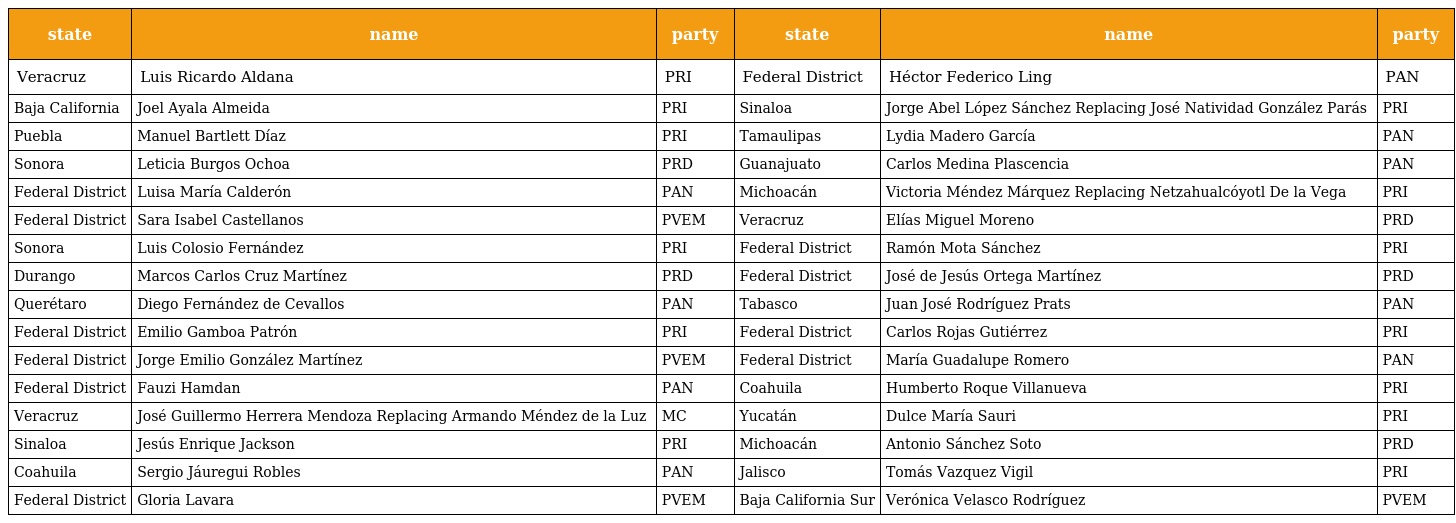
| state | name | party | state | name | party |
 | --- | --- | --- | --- | --- | --- |
 | ­Veracruz | ­ Luis Ricardo Aldana | PRI ­ | Federal District­ | ­ Héctor Federico Ling | ­ PAN |
 | Baja California­ | Joel Ayala Almeida ­ | ­ PRI ­ | Sinaloa­ | Jorge Abel López Sánchez Replacing José Natividad González Parás ­ | ­ PRI |
 | Puebla­ | Manuel Bartlett Díaz ­ | PRI ­­ | Tamaulipas­ | ­ Lydia Madero García | ­ PAN |
 | ­Sonora | Leticia Burgos Ochoa ­ | PRD ­­ | ­Guanajuato | Carlos Medina Plascencia ­ | ­ PAN |
 | ­Federal District | Luisa María Calderón ­ | ­ PAN ­ | Michoacán­ | ­ Victoria Méndez Márquez Replacing Netzahualcóyotl De la Vega | ­ PRI |
 | ­Federal District | ­ Sara Isabel Castellanos | ­ PVEM ­ | ­Veracruz | ­ Elías Miguel Moreno | ­ PRD |
 | ­Sonora | ­ Luis Colosio Fernández | PRI ­­ | Federal District­ | Ramón Mota Sánchez ­ | ­ PRI |
 | ­Durango | ­ Marcos Carlos Cruz Martínez | PRD ­­ | Federal District­ | ­ José de Jesús Ortega Martínez | ­ PRD |
 | ­Querétaro | ­ Diego Fernández de Cevallos | ­ PAN | Tabasco­ | Juan José Rodríguez Prats ­ | ­ PAN |
 | ­Federal District | ­ Emilio Gamboa Patrón | ­ PRI | Federal District­ | Carlos Rojas Gutiérrez ­ | ­ PRI |
 | ­Federal District | Jorge Emilio González Martínez | PVEM ­ | ­Federal District | María Guadalupe Romero ­ | ­ PAN |
 | ­Federal District | Fauzi Hamdan ­ | ­ PAN | ­Coahuila | Humberto Roque Villanueva ­ | ­ PRI |
 | Veracruz | ­ José Guillermo Herrera Mendoza Replacing Armando Méndez de la Luz | ­ MC | ­Yucatán | Dulce María Sauri ­ | ­ PRI |
 | Sinaloa­ | Jesús Enrique Jackson ­ | PRI ­ | ­Michoacán | ­ Antonio Sánchez Soto | ­ PRD |
 | ­Coahuila | ­ Sergio Jáuregui Robles | PAN ­ | ­Jalisco | Tomás Vazquez Vigil ­ | ­ PRI |
 | ­Federal District | Gloria Lavara ­ | ­ PVEM | Baja California Sur­ | ­ Verónica Velasco Rodríguez | ­ PVEM |